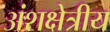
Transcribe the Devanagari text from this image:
अंशक्षेत्रीय